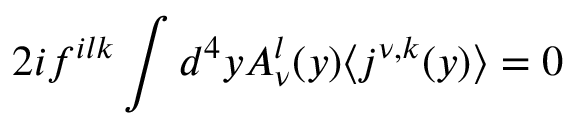
2 i f ^ { i l k } \int d ^ { 4 } y A _ { \nu } ^ { l } ( y ) \langle j ^ { \nu , k } ( y ) \rangle = 0